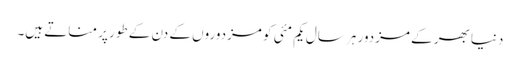
دنیا بھر کے مزدور ہر سال یکم مئی کو مزدوروں کے دن کے طور پر مناتے ہیں۔